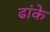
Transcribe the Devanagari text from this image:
ढांके